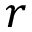
r